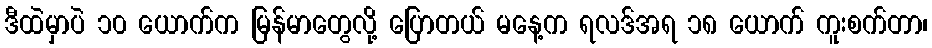
ဒီထဲမှာပဲ ၁၀ ယောက်က မြန်မာတွေလို့ ပြောတယ် မနေ့က ရလဒ်အရ ၁၈ ယောက် ကူးစက်တာ၊